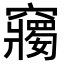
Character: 𥨲